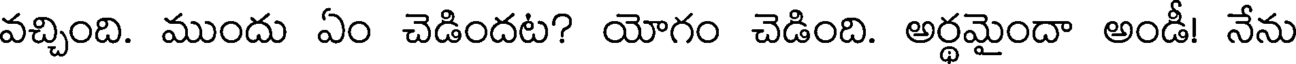
వచ్చింది. ముందు ఏం చెడిందట? యోగం చెడింది. అర్థమైందా అండీ! నేను